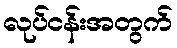
လုပ်ငန်းအတွက်